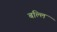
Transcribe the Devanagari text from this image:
बल्लि